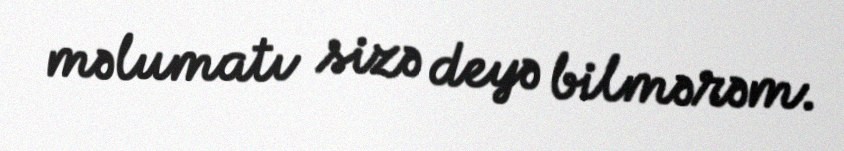
məlumatı sizə deyə bilmərəm.